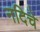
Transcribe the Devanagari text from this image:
नदिचे